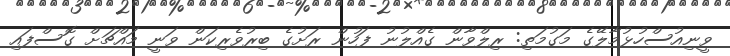
ވީނިއުސްހުޅުމާލޭގެ މަގުމަތި: ރިލްވާން ގެއްލުނު ފަހުން ރަށުގެ ބިރުވެރިކަން ވަނީ މައްޗަށް ގޮސްފައި